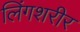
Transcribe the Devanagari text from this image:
लिंगशरीर